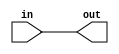
// a bit buffer, same as buf
module buf_32(in, out);

	input [31:0] in;
	output [31:0] out;
	
	genvar i;
	
	generate
		for (i = 0; i < 32; i = i + 1) begin: bufProcess
			buf buf0(out[i], in[i]);
		end
	endgenerate
	
endmodule